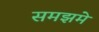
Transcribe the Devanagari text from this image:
समझमे